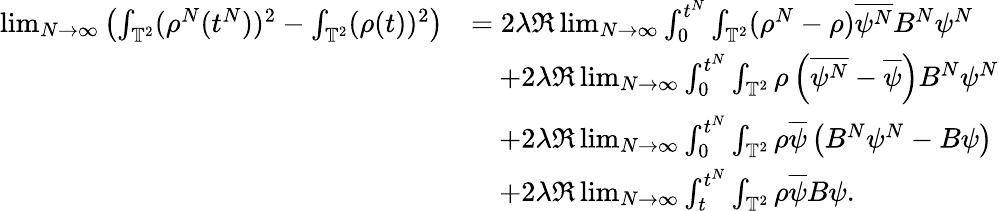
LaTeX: \begin{array}{rl}{\operatorname*{lim}_{N\rightarrow\infty}\left(\int_{\mathbb{T}^{2}}(\rho^{N}(t^{N}))^{2}-\int_{\mathbb{T}^{2}}(\rho(t))^{2}\right)}&{=2\lambda\Re\operatorname*{lim}_{N\rightarrow\infty}\int_{0}^{t^{N}}\int_{\mathbb{T}^{2}}(\rho^{N}-\rho)\overline{{\psi^{N}}}B^{N}\psi^{N}}\\ &{\quad+2\lambda\Re\operatorname*{lim}_{N\rightarrow\infty}\int_{0}^{t^{N}}\int_{\mathbb{T}^{2}}\rho\left(\overline{{\psi^{N}}}-\overline{{\psi}}\right)B^{N}\psi^{N}}\\ &{\quad+2\lambda\Re\operatorname*{lim}_{N\rightarrow\infty}\int_{0}^{t^{N}}\int_{\mathbb{T}^{2}}\rho\overline{{\psi}}\left(B^{N}\psi^{N}-B\psi\right)}\\ &{\quad+2\lambda\Re\operatorname*{lim}_{N\rightarrow\infty}\int_{t}^{t^{N}}\int_{\mathbb{T}^{2}}\rho\overline{{\psi}}B\psi.}\end{array}